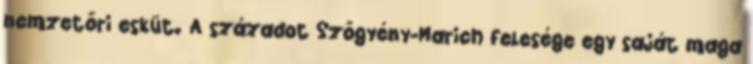
nemzetőri esküt. A századot Szőgyény-Marich felesége egy saját maga